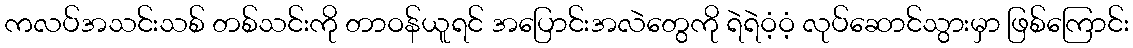
ကလပ်အသင်းသစ် တစ်သင်းကို တာဝန်ယူရင် အပြောင်းအလဲတွေကို ရဲရဲဝံ့ဝံ့ လုပ်ဆောင်သွားမှာ ဖြစ်ကြောင်း